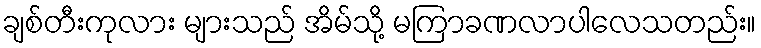
ချစ်တီးကုလား များသည် အိမ်သို့ မကြာခဏလာပါလေသတည်း။